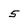
Character: 5